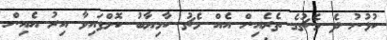
ކުޅުނު ދެ މެޗުގެ ތެރެއިން އެއް މެޗު ކާމިޔާބު ކޮށްފައިވާ އިރު އެއިން